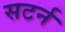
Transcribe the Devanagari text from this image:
सटर्न